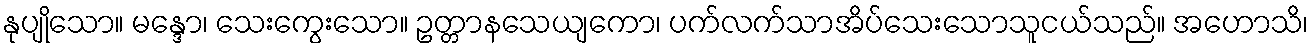
နုပျိုသော။ မန္ဒော၊ သေးကွေးသော။ ဥတ္တာနသေယျကော၊ ပက်လက်သာအိပ်သေးသောသူငယ်သည်။ အဟောသိ၊